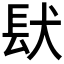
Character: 𮣺